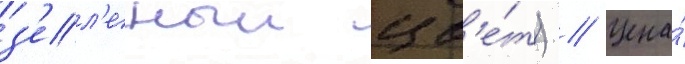
з'ел'еныи цв'е́т) // Цена́